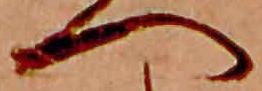
へ